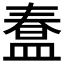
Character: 𭾇